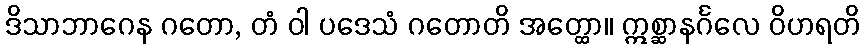
ဒိသာဘာဂေန ဂတော, တံ ဝါ ပဒေသံ ဂတောတိ အတ္ထော။ ဣစ္ဆာနင်္ဂလေ ဝိဟရတိ